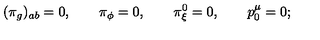
\qquad ( \pi _ { g } ) _ { a b } = 0 , \qquad \pi _ { \phi } = 0 , \qquad \pi _ { \xi } ^ { 0 } = 0 , \qquad p _ { 0 } ^ { \mu } = 0 ;